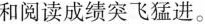
和阅读成绩突飞猛进。